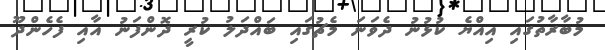
މުބާރާތުގައި އިއްޔެ ކުޅުނު ދެވަނަ މެޗުގައި ބައްދަލު ކުރީ ދޮންފަނު އާއި ފެހެންދޫ